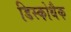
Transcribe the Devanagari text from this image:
डिस्कोथैक